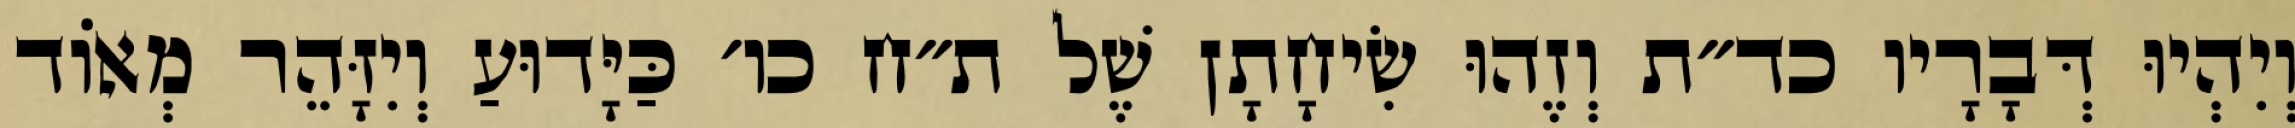
וְיִהְיוּ דְּבָרָיו כד״ת וְזֶהוּ שִׂיחָתָן שֶׁל ת״ח כו׳ כַּיָּדוּעַ וְיִזָּהֵר מְאוֹד